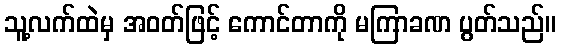
သူ့လက်ထဲမှ အဝတ်ဖြင့် ကောင်တာကို မကြာခဏ ပွတ်သည်။